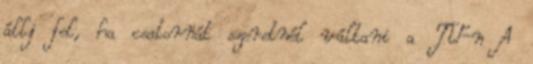
állj fel, ha csatornát szeretnél váltani a TV-n A